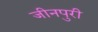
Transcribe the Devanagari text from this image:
जीनपुरी